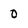
Character: 0